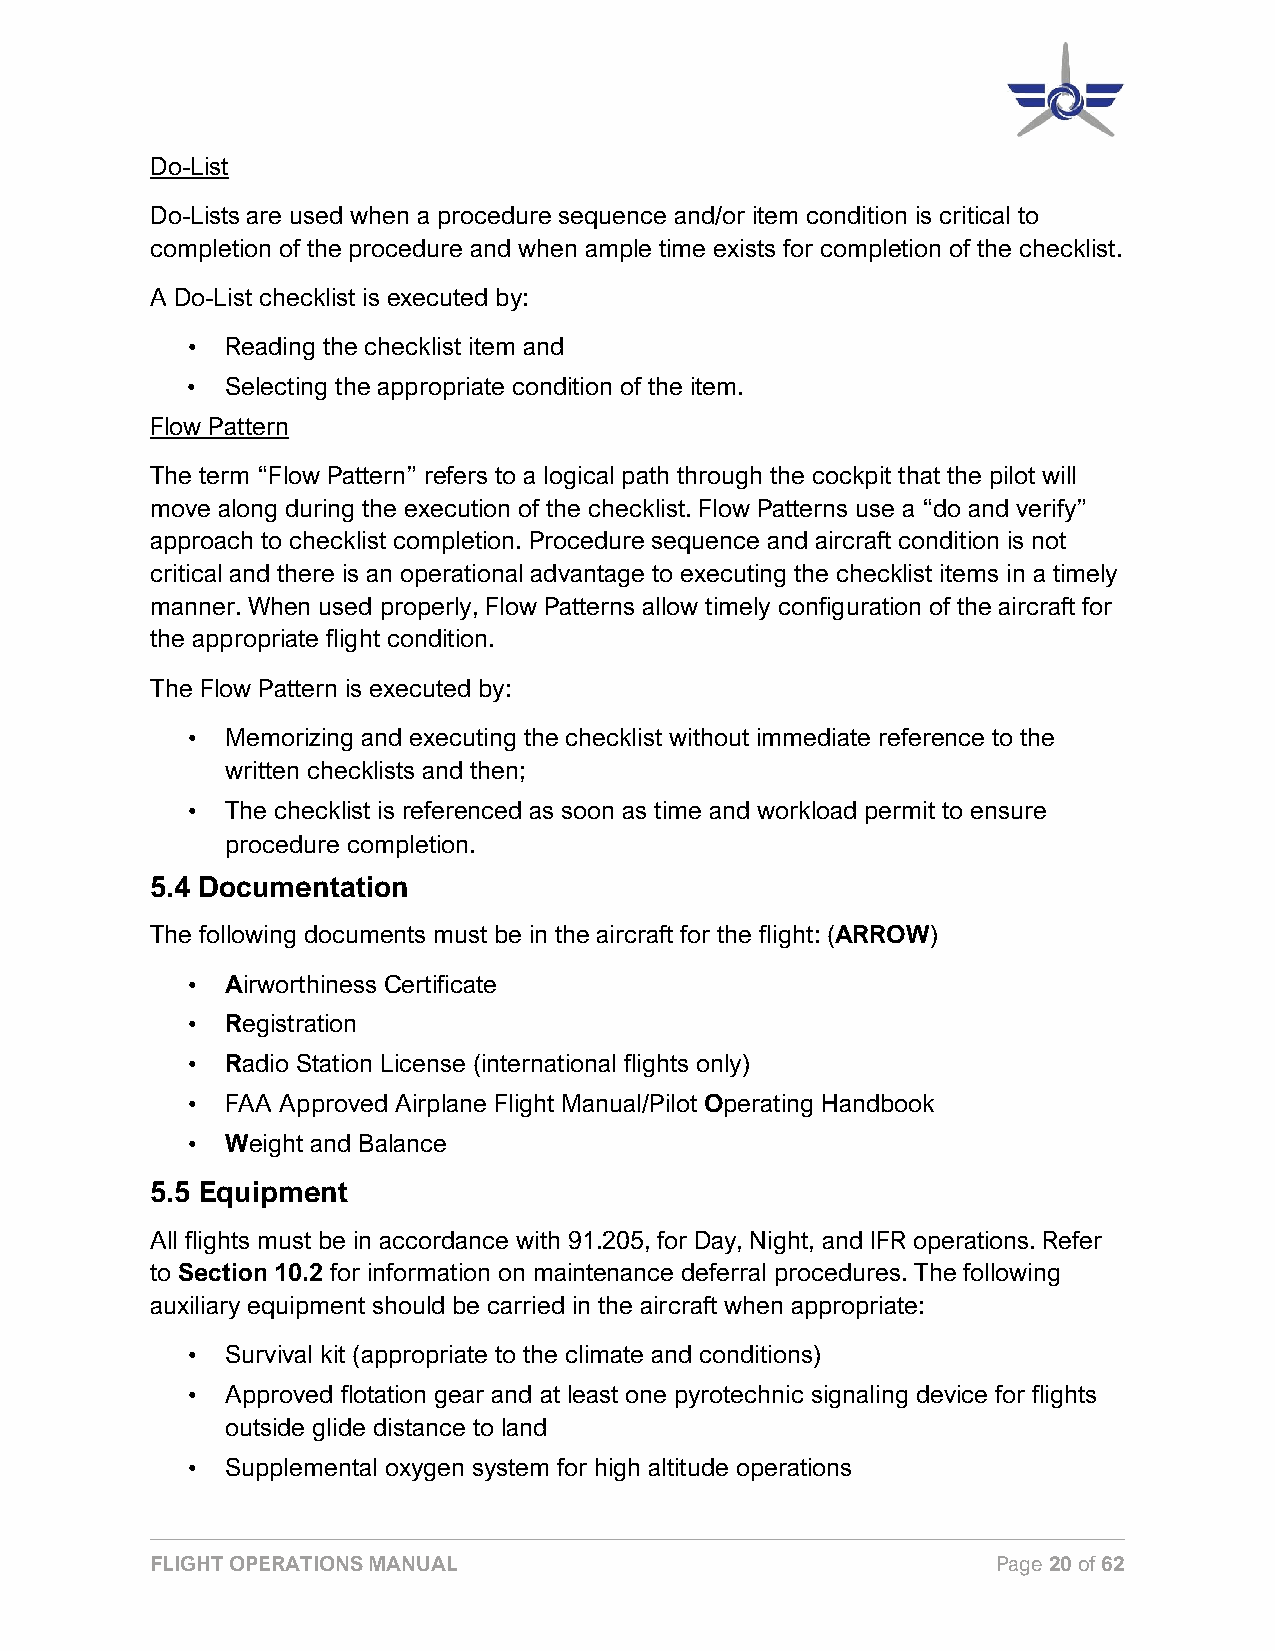
Do-List
 Do-Lists are used when a procedure sequence and/or item condition is critical to
 completion of the procedure and when ample time exists for completion of the checklist.
 A Do-List checklist is executed by:
 •  Reading the checklist item and
 •  Selecting the appropriate condition of the item.
 Flow Pattern
 The term “Flow Pattern” refers to a logical path through the cockpit that the pilot will
 move along during the execution of the checklist. Flow Patterns use a “do and verify”
 approach to checklist completion. Procedure sequence and aircraft condition is not
 critical and there is an operational advantage to executing the checklist items in a timely
 manner. When used properly, Flow Patterns allow timely configuration of the aircraft for
 the appropriate flight condition.
 The Flow Pattern is executed by:
 •  Memorizing and executing the checklist without immediate reference to the
 written checklists and then;
 •  The checklist is referenced as soon as time and workload permit to ensure
 procedure completion.
 5.4 Documentation
 The following documents must be in the aircraft for the flight: (ARROW)
 •  Airworthiness Certificate
 •  Registration
 •  Radio Station License (international flights only)
 •  FAA Approved Airplane Flight Manual/Pilot Operating Handbook
 •  Weight and Balance
 5.5 Equipment
 All flights must be in accordance with 91.205, for Day, Night, and IFR operations. Refer
 to Section 10.2 for information on maintenance deferral procedures. The following
 auxiliary equipment should be carried in the aircraft when appropriate:
 •  Survival kit (appropriate to the climate and conditions)
 •  Approved flotation gear and at least one pyrotechnic signaling device for flights
 outside glide distance to land
 •  Supplemental oxygen system for high altitude operations
 FLIGHT OPERATIONS MANUAL                                Page 20 of 62